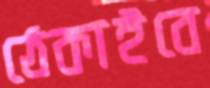
ঠেকাইবে